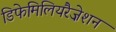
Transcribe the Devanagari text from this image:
डिफेमिलियरैज़ेशन